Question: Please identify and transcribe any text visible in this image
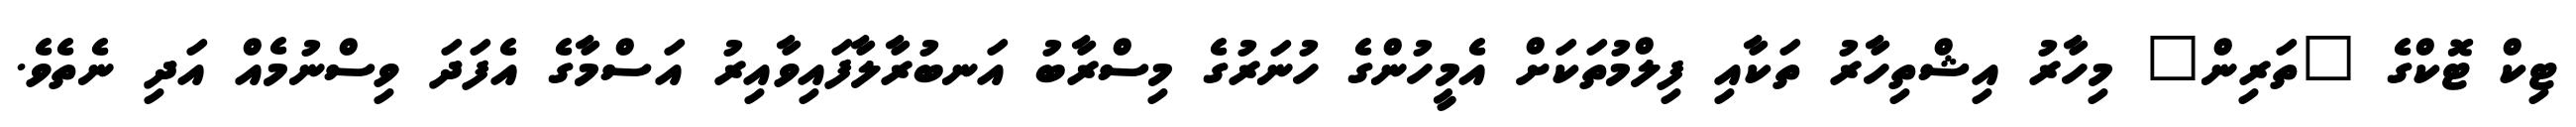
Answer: ޓިކް ޓޮކްގެ "ތަރިން" މިހާރު އިޝްތިހާރު ތަކާއި ފިލްމުތަކަށް އެމީހުންގެ ހުނަރުގެ މިސްރާބު އަނބުރާލާފައިވާއިރު އަސްމާގެ އެފަދަ ވިސްނުމެއް އަދި ނެތެވެ.